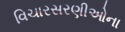
વિચારસરણીઓના